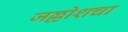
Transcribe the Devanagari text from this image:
जल्लोशचा